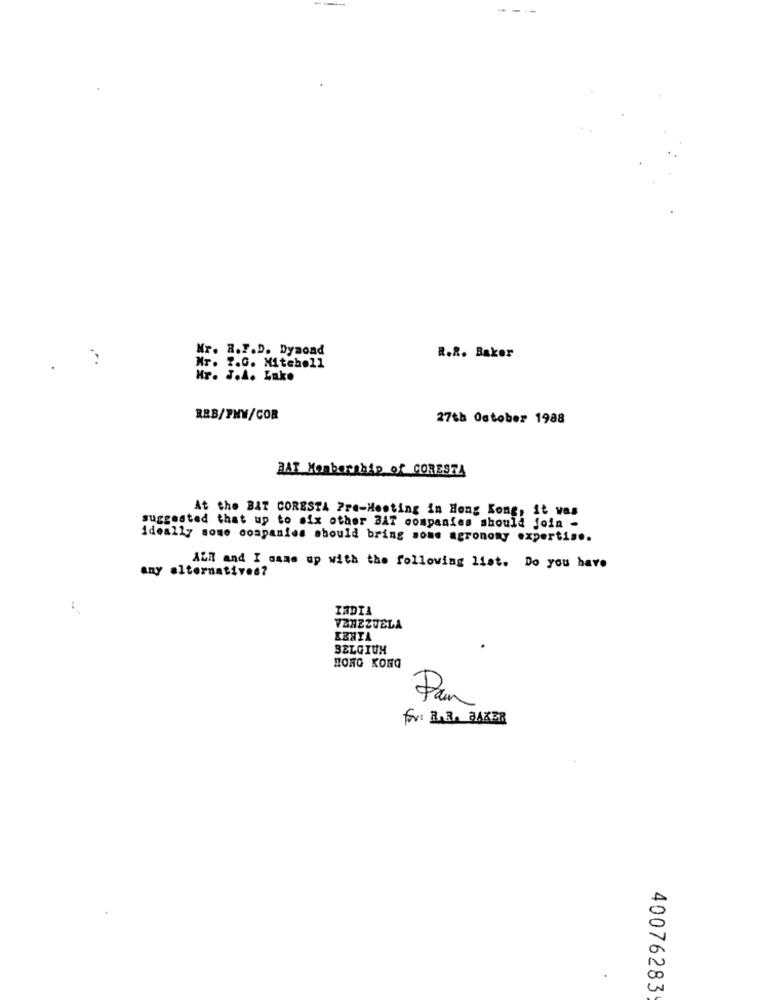
---
----
Mr. R.F.D. Dyaond
R.R. Baker
Mr. 7.0. Mitchell
Hr. J.A. Lake
RBB/PHW/COR
27th October 1988
HAT Membership of CORESTA
At the BAT CORESTA Pre-Hooting in Hong Kong, it vas
suggested that up to six other BAT companies should join -
ideally some companies should bring some agronomy expertise.
any alternatives?
ALR and I came up with the following list. Do you have
INDIA
VENEZUELA
EBRIA
BELGIUM
HONG KONG
Pan
for BABA BAKER
40076283